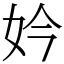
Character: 妗